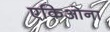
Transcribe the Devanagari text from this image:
एकिओना